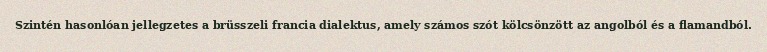
Szintén hasonlóan jellegzetes a brüsszeli francia dialektus, amely számos szót kölcsönzött az angolból és a flamandból.